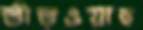
বীরওয়াহ